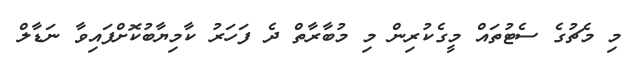
މި މެޗުގެ ސެޓުތައް މީގެކުރިން މި މުބާރާތް ދެ ފަހަރު ކާމިޔާބުކޮށްފައިވާ ނަޑާލް